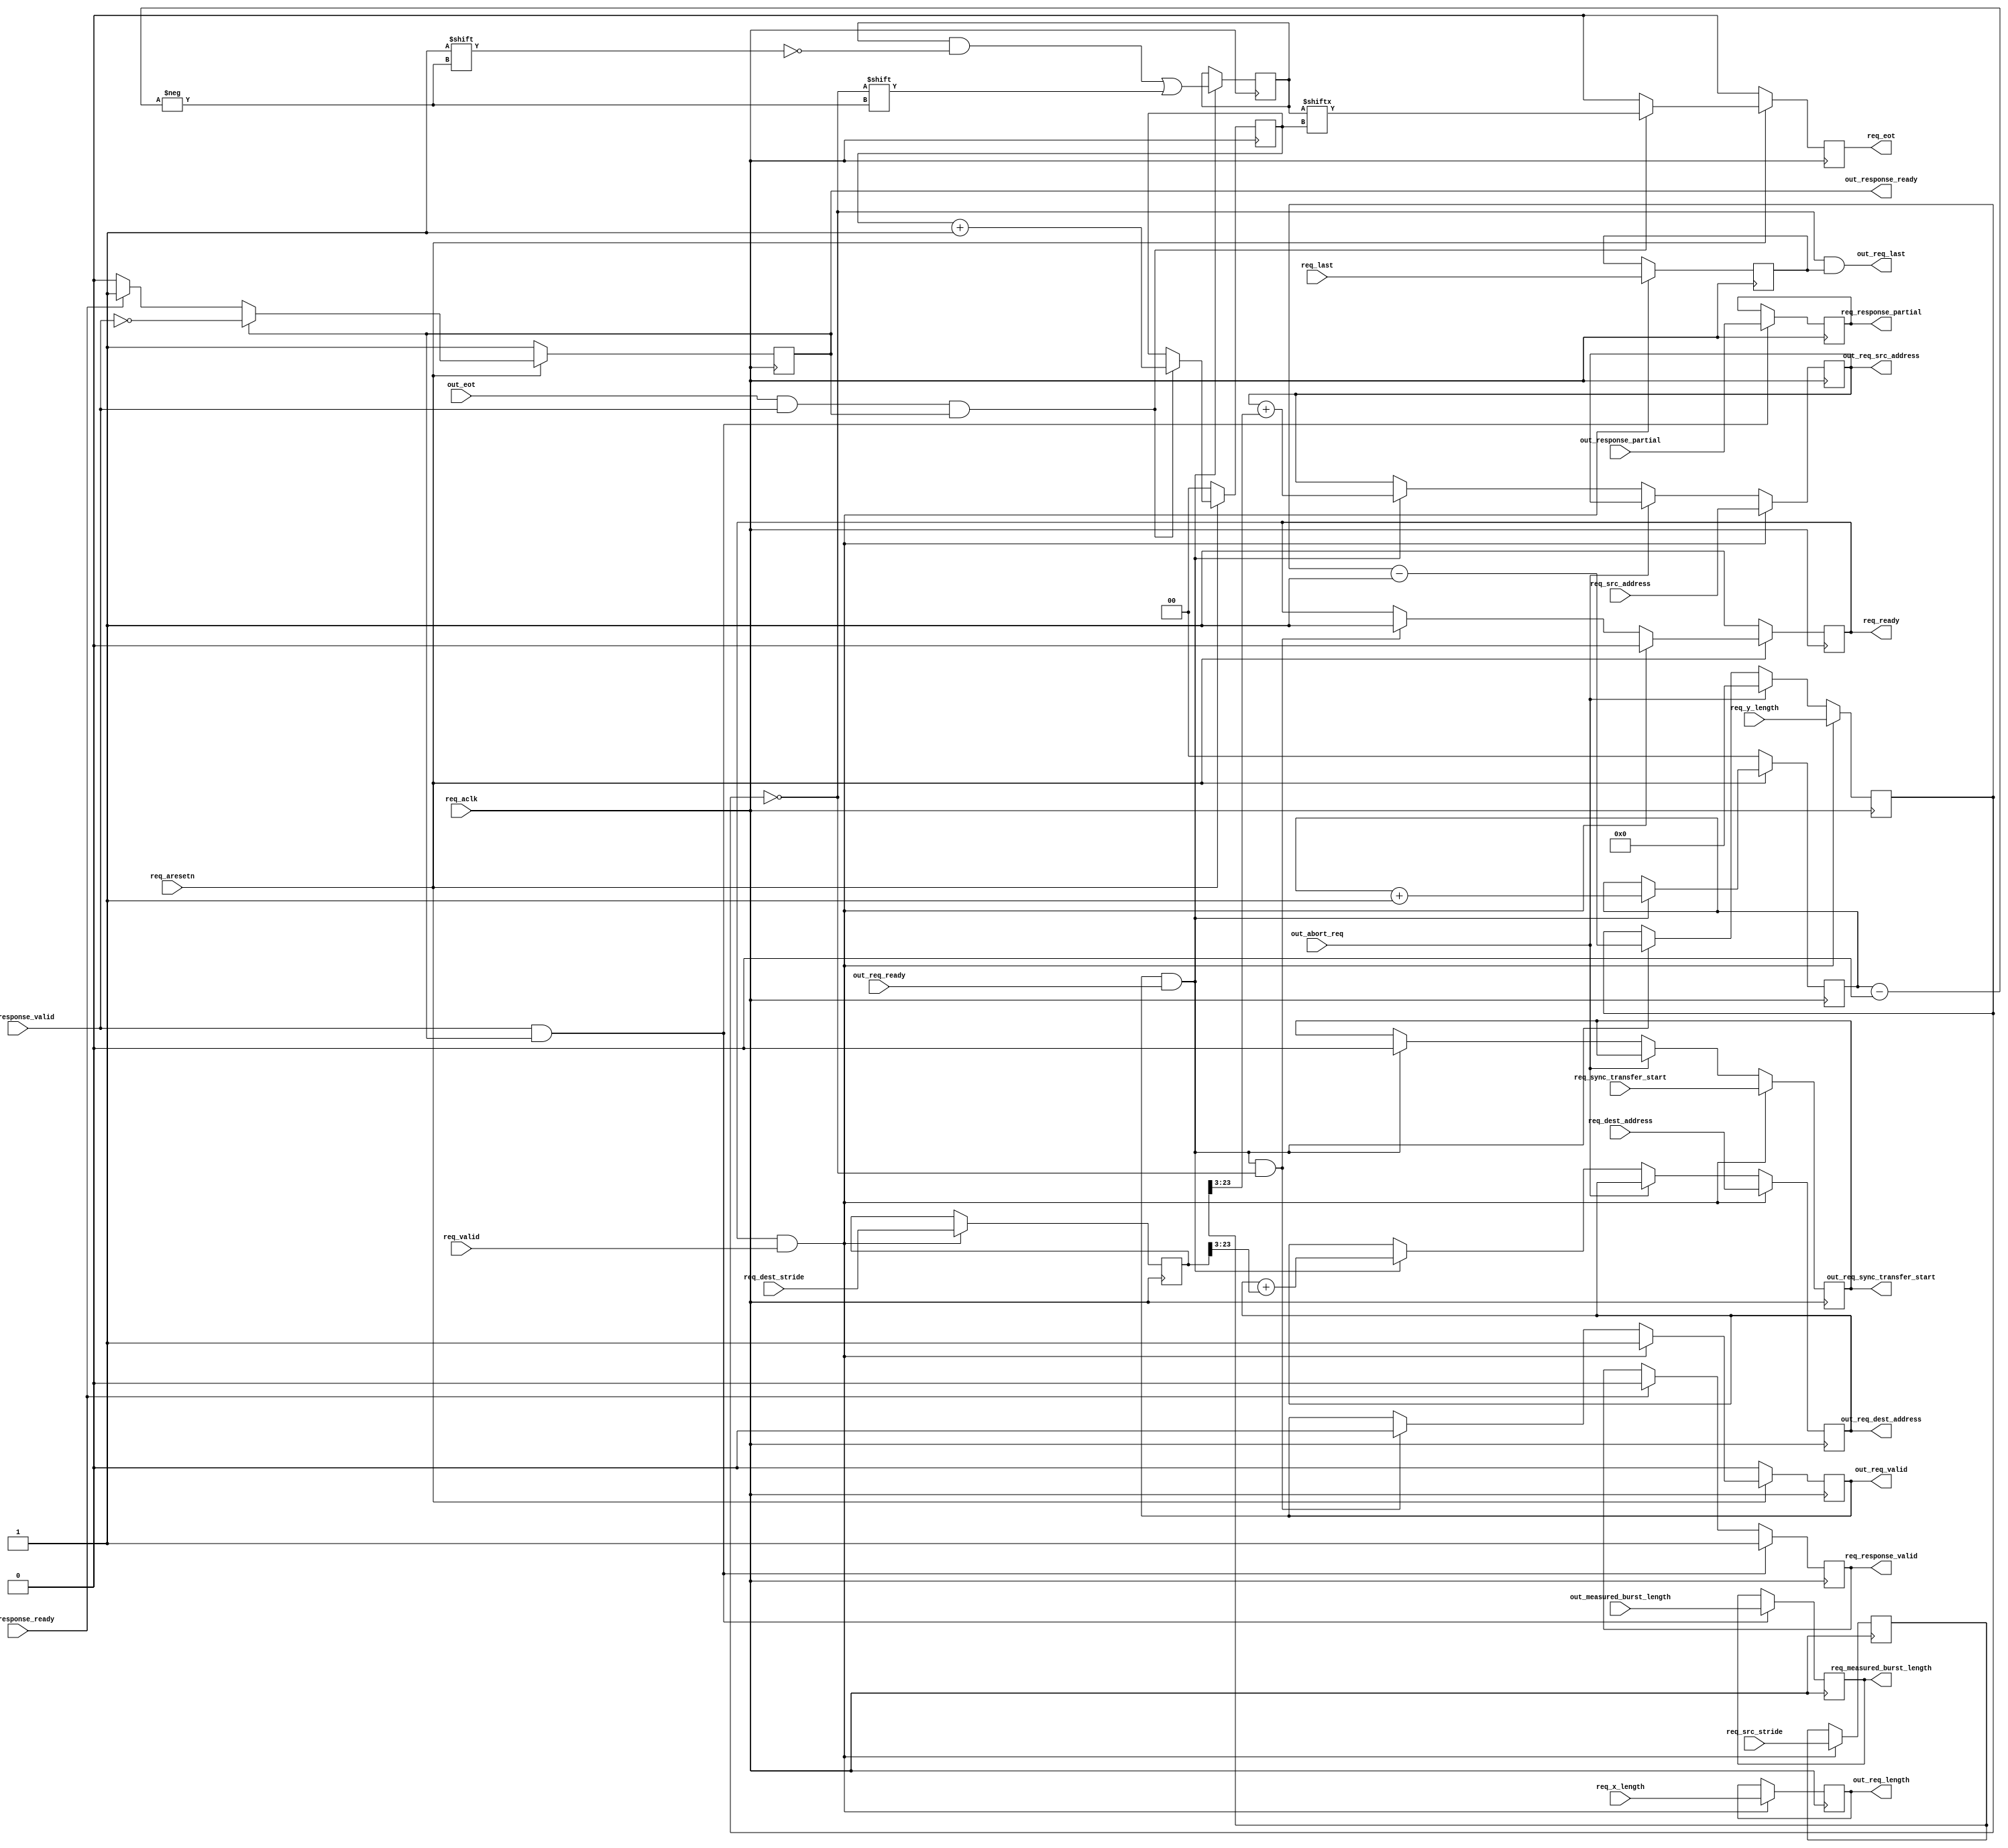
// ***************************************************************************
// ***************************************************************************
// Copyright (C) 2014-2023 Analog Devices, Inc. All rights reserved.
//
// In this HDL repository, there are many different and unique modules, consisting
// of various HDL (Verilog or VHDL) components. The individual modules are
// developed independently, and may be accompanied by separate and unique license
// terms.
//
// The user should read each of these license terms, and understand the
// freedoms and responsibilities that he or she has by using this source/core.
//
// This core is distributed in the hope that it will be useful, but WITHOUT ANY
// WARRANTY; without even the implied warranty of MERCHANTABILITY or FITNESS FOR
// A PARTICULAR PURPOSE.
//
// Redistribution and use of source or resulting binaries, with or without modification
// of this file, are permitted under one of the following two license terms:
//
//   1. The GNU General Public License version 2 as published by the
//      Free Software Foundation, which can be found in the top level directory
//      of this repository (LICENSE_GPL2), and also online at:
//      <https://www.gnu.org/licenses/old-licenses/gpl-2.0.html>
//
// OR
//
//   2. An ADI specific BSD license, which can be found in the top level directory
//      of this repository (LICENSE_ADIBSD), and also on-line at:
//      https://github.com/analogdevicesinc/hdl/blob/main/LICENSE_ADIBSD
//      This will allow to generate bit files and not release the source code,
//      as long as it attaches to an ADI device.
//
// ***************************************************************************
// ***************************************************************************

`timescale 1ns/100ps

module dmac_2d_transfer #(

  parameter DMA_AXI_ADDR_WIDTH = 32,
  parameter DMA_LENGTH_WIDTH = 24,
  parameter BYTES_PER_BURST_WIDTH = 7,
  parameter BYTES_PER_BEAT_WIDTH_SRC = 3,
  parameter BYTES_PER_BEAT_WIDTH_DEST = 3
) (
  input req_aclk,
  input req_aresetn,

  input req_valid,
  output reg req_ready,

  input [DMA_AXI_ADDR_WIDTH-1:BYTES_PER_BEAT_WIDTH_DEST] req_dest_address,
  input [DMA_AXI_ADDR_WIDTH-1:BYTES_PER_BEAT_WIDTH_SRC] req_src_address,
  input [DMA_LENGTH_WIDTH-1:0] req_x_length,
  input [DMA_LENGTH_WIDTH-1:0] req_y_length,
  input [DMA_LENGTH_WIDTH-1:0] req_dest_stride,
  input [DMA_LENGTH_WIDTH-1:0] req_src_stride,
  input req_sync_transfer_start,
  input req_last,

  output reg req_eot,
  output reg [BYTES_PER_BURST_WIDTH-1:0] req_measured_burst_length,
  output reg req_response_partial,
  output reg req_response_valid,
  input req_response_ready,

  input out_abort_req,

  output reg out_req_valid,
  input out_req_ready,
  output [DMA_AXI_ADDR_WIDTH-1:BYTES_PER_BEAT_WIDTH_DEST] out_req_dest_address,
  output [DMA_AXI_ADDR_WIDTH-1:BYTES_PER_BEAT_WIDTH_SRC] out_req_src_address,
  output [DMA_LENGTH_WIDTH-1:0] out_req_length,
  output reg out_req_sync_transfer_start,
  output out_req_last,

  input out_eot,
  input [BYTES_PER_BURST_WIDTH-1:0] out_measured_burst_length,
  input out_response_partial,
  input out_response_valid,
  output reg out_response_ready = 1'b1
);

  // internal registers

  reg [DMA_AXI_ADDR_WIDTH-1:BYTES_PER_BEAT_WIDTH_DEST] dest_address = 'h00;
  reg [DMA_AXI_ADDR_WIDTH-1:BYTES_PER_BEAT_WIDTH_SRC] src_address = 'h00;
  reg [DMA_LENGTH_WIDTH-1:0] x_length = 'h00;
  reg [DMA_LENGTH_WIDTH-1:0] y_length = 'h00;
  reg [DMA_LENGTH_WIDTH-1:0] dest_stride = 'h0;
  reg [DMA_LENGTH_WIDTH-1:0] src_stride = 'h00;

  reg gen_last = 'h0;

  reg [1:0] req_id = 'h00;
  reg [1:0] eot_id = 'h00;
  reg [3:0] last_req = 'h00;

  // internal signals

  wire out_last;

  // signal name changes

  assign out_req_dest_address = dest_address;
  assign out_req_src_address = src_address;
  assign out_req_length = x_length;
  assign out_last = y_length == 'h00;

  always @(posedge req_aclk) begin
    if (req_aresetn == 1'b0) begin
      req_id <= 2'b0;
      eot_id <= 2'b0;
      req_eot <= 1'b0;
    end else begin
      if (out_req_valid == 1'b1 && out_req_ready == 1'b1) begin
        req_id <= req_id + 1'b1;
      end

      if (out_eot == 1'b1 && out_response_valid == 1'b1 && out_response_ready == 1'b1) begin
        eot_id <= eot_id + 1'b1;
        req_eot <= last_req[eot_id];
      end else begin
        req_eot <= 1'b0;
      end
    end
  end

  always @(posedge req_aclk) begin
    if (out_req_valid == 1'b1 && out_req_ready == 1'b1) begin
      last_req[req_id] <= out_last;
    end
  end

  always @(posedge req_aclk) begin
    if (out_response_valid == 1'b1 && out_response_ready == 1'b1) begin
      req_measured_burst_length <= out_measured_burst_length;
      req_response_partial <= out_response_partial;
    end
  end

  always @(posedge req_aclk) begin
    if (out_response_valid == 1'b1 && out_response_ready == 1'b1) begin
      req_response_valid <= 1'b1;
    end else if (req_response_ready == 1'b1) begin
      req_response_valid <= 1'b0;
    end
  end

  always @(posedge req_aclk) begin
    if (req_aresetn == 1'b0) begin
      out_response_ready <= 1'b1;
    end else if (out_response_ready == 1'b1) begin
      out_response_ready <= ~out_response_valid;
    end else if (req_response_ready == 1'b1) begin
      out_response_ready <= 1'b1;
    end
  end

  always @(posedge req_aclk) begin
    if (req_ready == 1'b1 && req_valid == 1'b1) begin
      dest_address <= req_dest_address;
      src_address <= req_src_address;
      x_length <= req_x_length;
      y_length <= req_y_length;
      dest_stride <= req_dest_stride;
      src_stride <= req_src_stride;
      out_req_sync_transfer_start <= req_sync_transfer_start;
      gen_last <= req_last;
    end else if (out_abort_req == 1'b1) begin
      y_length <= 0;
    end else if (out_req_valid == 1'b1 && out_req_ready == 1'b1) begin
      dest_address <= dest_address + dest_stride[DMA_LENGTH_WIDTH-1:BYTES_PER_BEAT_WIDTH_DEST];
      src_address <= src_address + src_stride[DMA_LENGTH_WIDTH-1:BYTES_PER_BEAT_WIDTH_SRC];
      y_length <= y_length - 1'b1;
      out_req_sync_transfer_start <= 1'b0;
    end
  end

  always @(posedge req_aclk) begin
    if (req_aresetn == 1'b0) begin
      req_ready <= 1'b1;
      out_req_valid <= 1'b0;
    end else begin
      if (req_ready == 1'b1 && req_valid == 1'b1) begin
        req_ready <= 1'b0;
        out_req_valid <= 1'b1;
      end else if (out_req_valid == 1'b1 && out_req_ready == 1'b1 &&
                   out_last == 1'b1) begin
        out_req_valid <= 1'b0;
        req_ready <= 1'b1;
      end
    end
  end

  assign out_req_last = out_last & gen_last;

endmodule